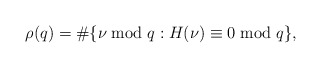
\begin{align*}\rho(q)=\#\{\nu\bmod{q}: H(\nu)\equiv 0\bmod{q}\},\end{align*}